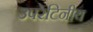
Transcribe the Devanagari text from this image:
उपरेटिनीय